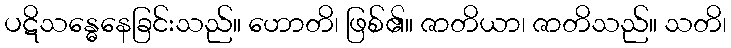
ပဋိသန္ဓေနေခြင်းသည်။ ဟောတိ၊ ဖြစ်၏။ ဇာတိယာ၊ ဇာတိသည်။ သတိ၊